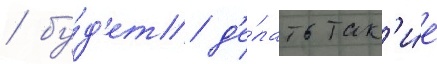
/ бу́д'ет д'е́лать так'и́е